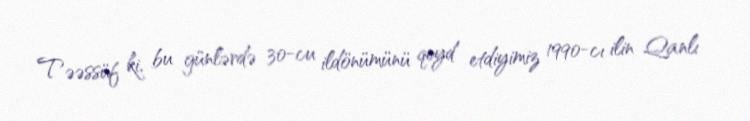
Təəssüf ki, bu günlərdə 30-cu ildönümünü qeyd etdiyimiz 1990-cı ilin Qanlı